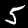
Digit: 5